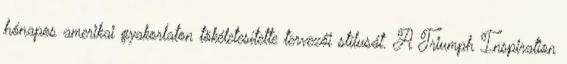
hónapos amerikai gyakorlaton tökéletesítette tervezői stílusát. A Triumph Inspiration